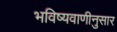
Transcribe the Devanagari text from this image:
भविष्यवाणीनुसार